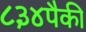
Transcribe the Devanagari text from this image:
८३४पैकी